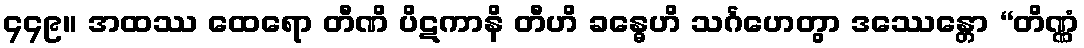
၄၄၉။ အထဿ ထေရော တီဏိ ပိဋကာနိ တီဟိ ခန္ဓေဟိ သင်္ဂဟေတွာ ဒဿေန္တော “တိဏ္ဏံ